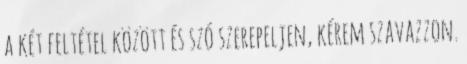
a két feltétel között és szó szerepeljen, kérem szavazzon.